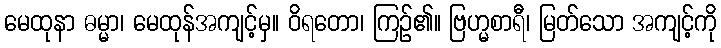
မေထုနာ ဓမ္မာ၊ မေထုန်အကျင့်မှ။ ဝိရတော၊ ကြဉ်၏။ ဗြဟ္မစာရီ၊ မြတ်သော အကျင့်ကို